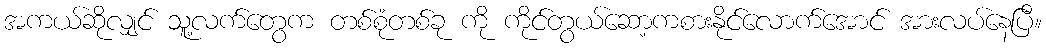
အကယ်ဆိုလျှင် သူ့လက်တွေက တစ်စုံတစ်ခု ကို ကိုင်တွယ်ဆော့ကစားနိုင်လောက်အောင် အားလပ်နေပြီ။